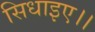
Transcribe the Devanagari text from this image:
सिधाइए।।